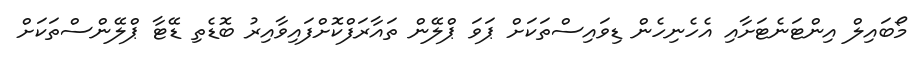
މޯބައިލް އިންޓަނެޓަށާއި އެހެނިހެން ޑިވައިސްތަކަށް ޕަވަ ޕްލޭން ތައާރަފްކޮށްފައިވާއިރު ބޮޑެތި ޑޭޓާ ޕްލޭންސްތަކަށް